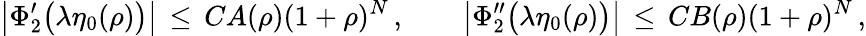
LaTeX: \bigl|\Phi_{2}^{\prime}\bigl(\lambda\eta_{0}(\rho)\bigr)\bigr|\, \le\, CA(\rho)(1+\rho)^{N}\, ,\qquad\bigl|\Phi_{2}^{\prime\prime}\bigl(\lambda\eta_{0}(\rho)\bigr)\bigr|\, \le\, CB(\rho)(1+\rho)^{N}\, ,